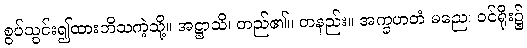
စွပ်သွင်း၍ထားဘိသကဲ့သို့။ အဋ္ဌာသိ၊ တည်၏။ တနည်း။ အက္ခဟတံ မညေ၊ ဝင်ရိုး၌